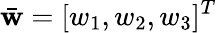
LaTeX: \bar{{\mathbf w}}=[w_{1},w_{2},w_{3}]^{T}